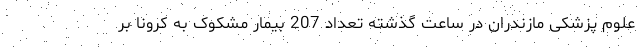
علوم پزشکی مازندران در ساعت گذشته تعداد 207 بیمار مشکوک به کرونا بر